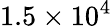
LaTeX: \mathrm{1.5\times 10^{4}}